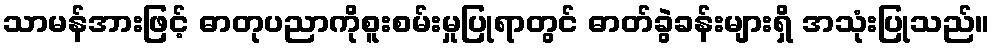
သာမန်အားဖြင့် ဓာတုပညာကိုစူးစမ်းမှုပြုရာတွင် ဓာတ်ခွဲခန်းများရှိ အသုံးပြုသည်။